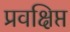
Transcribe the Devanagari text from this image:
प्रवक्षिप्त